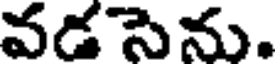
వడసెను.